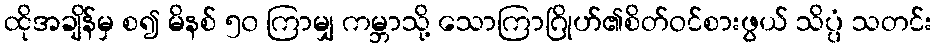
ထိုအချိန်မှ စ၍ မိနစ် ၅၀ ကြာမျှ ကမ္ဘာသို့ သောကြာဂြိုဟ်၏စိတ်ဝင်စားဖွယ် သိပ္ပံ သတင်း